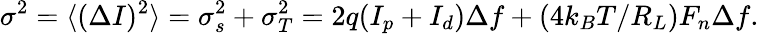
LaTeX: \sigma^{2}=\langle(\Delta I)^{2}\rangle=\sigma_{s}^{2}+\sigma_{T}^{2}=2q(I_{p}+I_{d})\Delta f+(4k_{B}T/R_{L})F_{n}\Delta f.